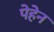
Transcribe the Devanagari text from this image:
पेहेन